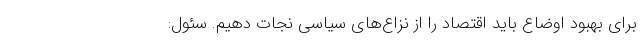
برای بهبود اوضاع باید اقتصاد را از نزاع‌های سیاسی نجات دهیم. سئول: